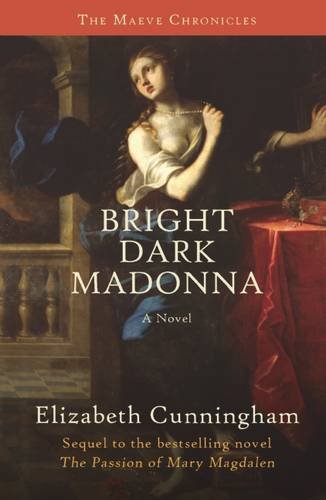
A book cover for Bright Dark Madonna: A Novel (The Maeve Chronicles); Elizabeth Cunningham; Religion & Spirituality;